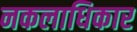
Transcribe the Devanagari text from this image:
नकलाधिकार